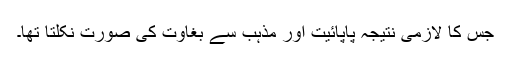
جس کا لازمی نتیجہ پاپائیت اور مذہب سے بغاوت کی صورت نکلتا تھا۔